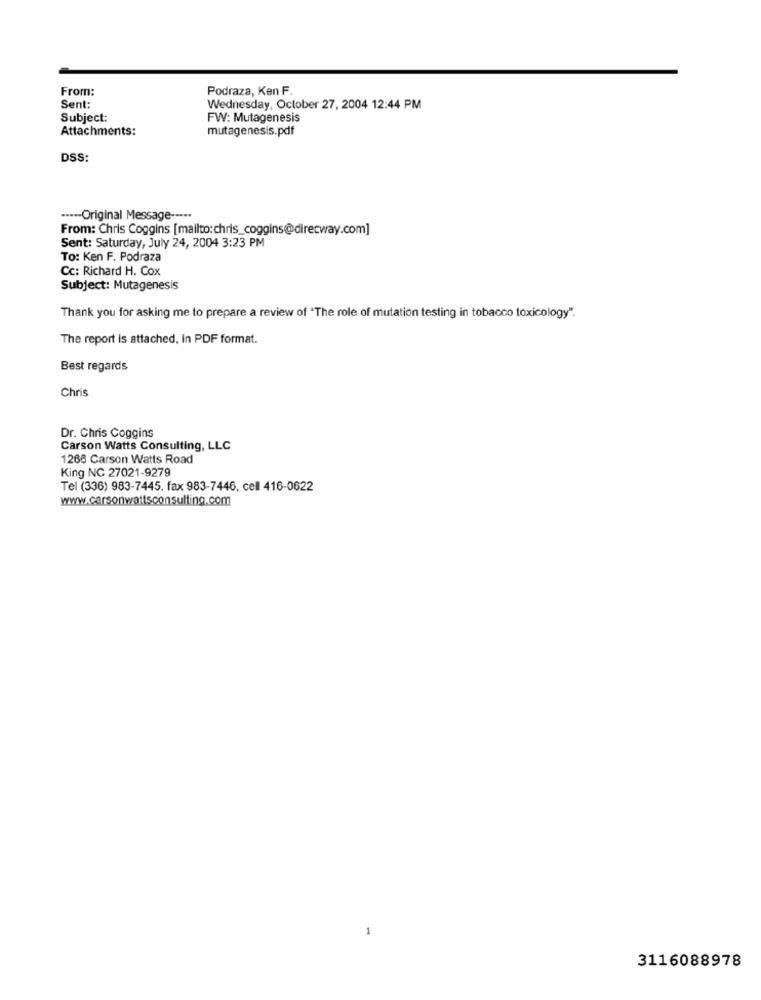
From:
Podraza, Ken F.
Sent:
Wednesday, October 27, 2004 12:44 PM
Subject:
FW: Mutagenesis
Attachments:
mutagenesis.pdf
DSS:
··--- Original Message -----
From: Chris Coggins [mailto:chris_coggins@direcway.com]
Sent: Saturday, July 24, 2004 3:23 PM
To: Ken F. Podraza
Cc: Richard H. Cox
Subject: Mutagenesis
Thank you for asking me to prepare a review of "The role of mutation testing in tobacco toxicology".
The report is attached, In PDF format.
Best regards
Chris
Dr. Chris Coggins
Carson Watts Consulting, LLC
1268 Carson Watts Road
King NC 27021-9279
Tel (336) 983-7445. fax 983-7446, cell 416-0622
www.carsonwattsconsulting.com
3116088978